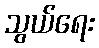
သွယ်ရေး